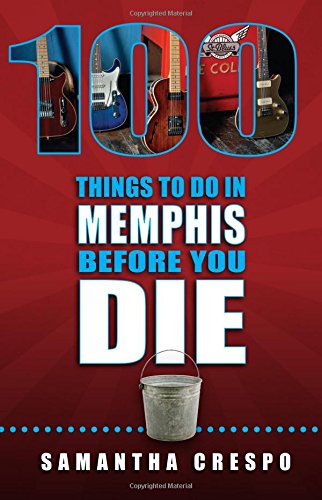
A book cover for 100 Things to Do in Memphis Before You Die (100 Things to Do In... Before You Die); Samantha Crespo; Travel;